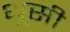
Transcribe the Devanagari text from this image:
धूसी